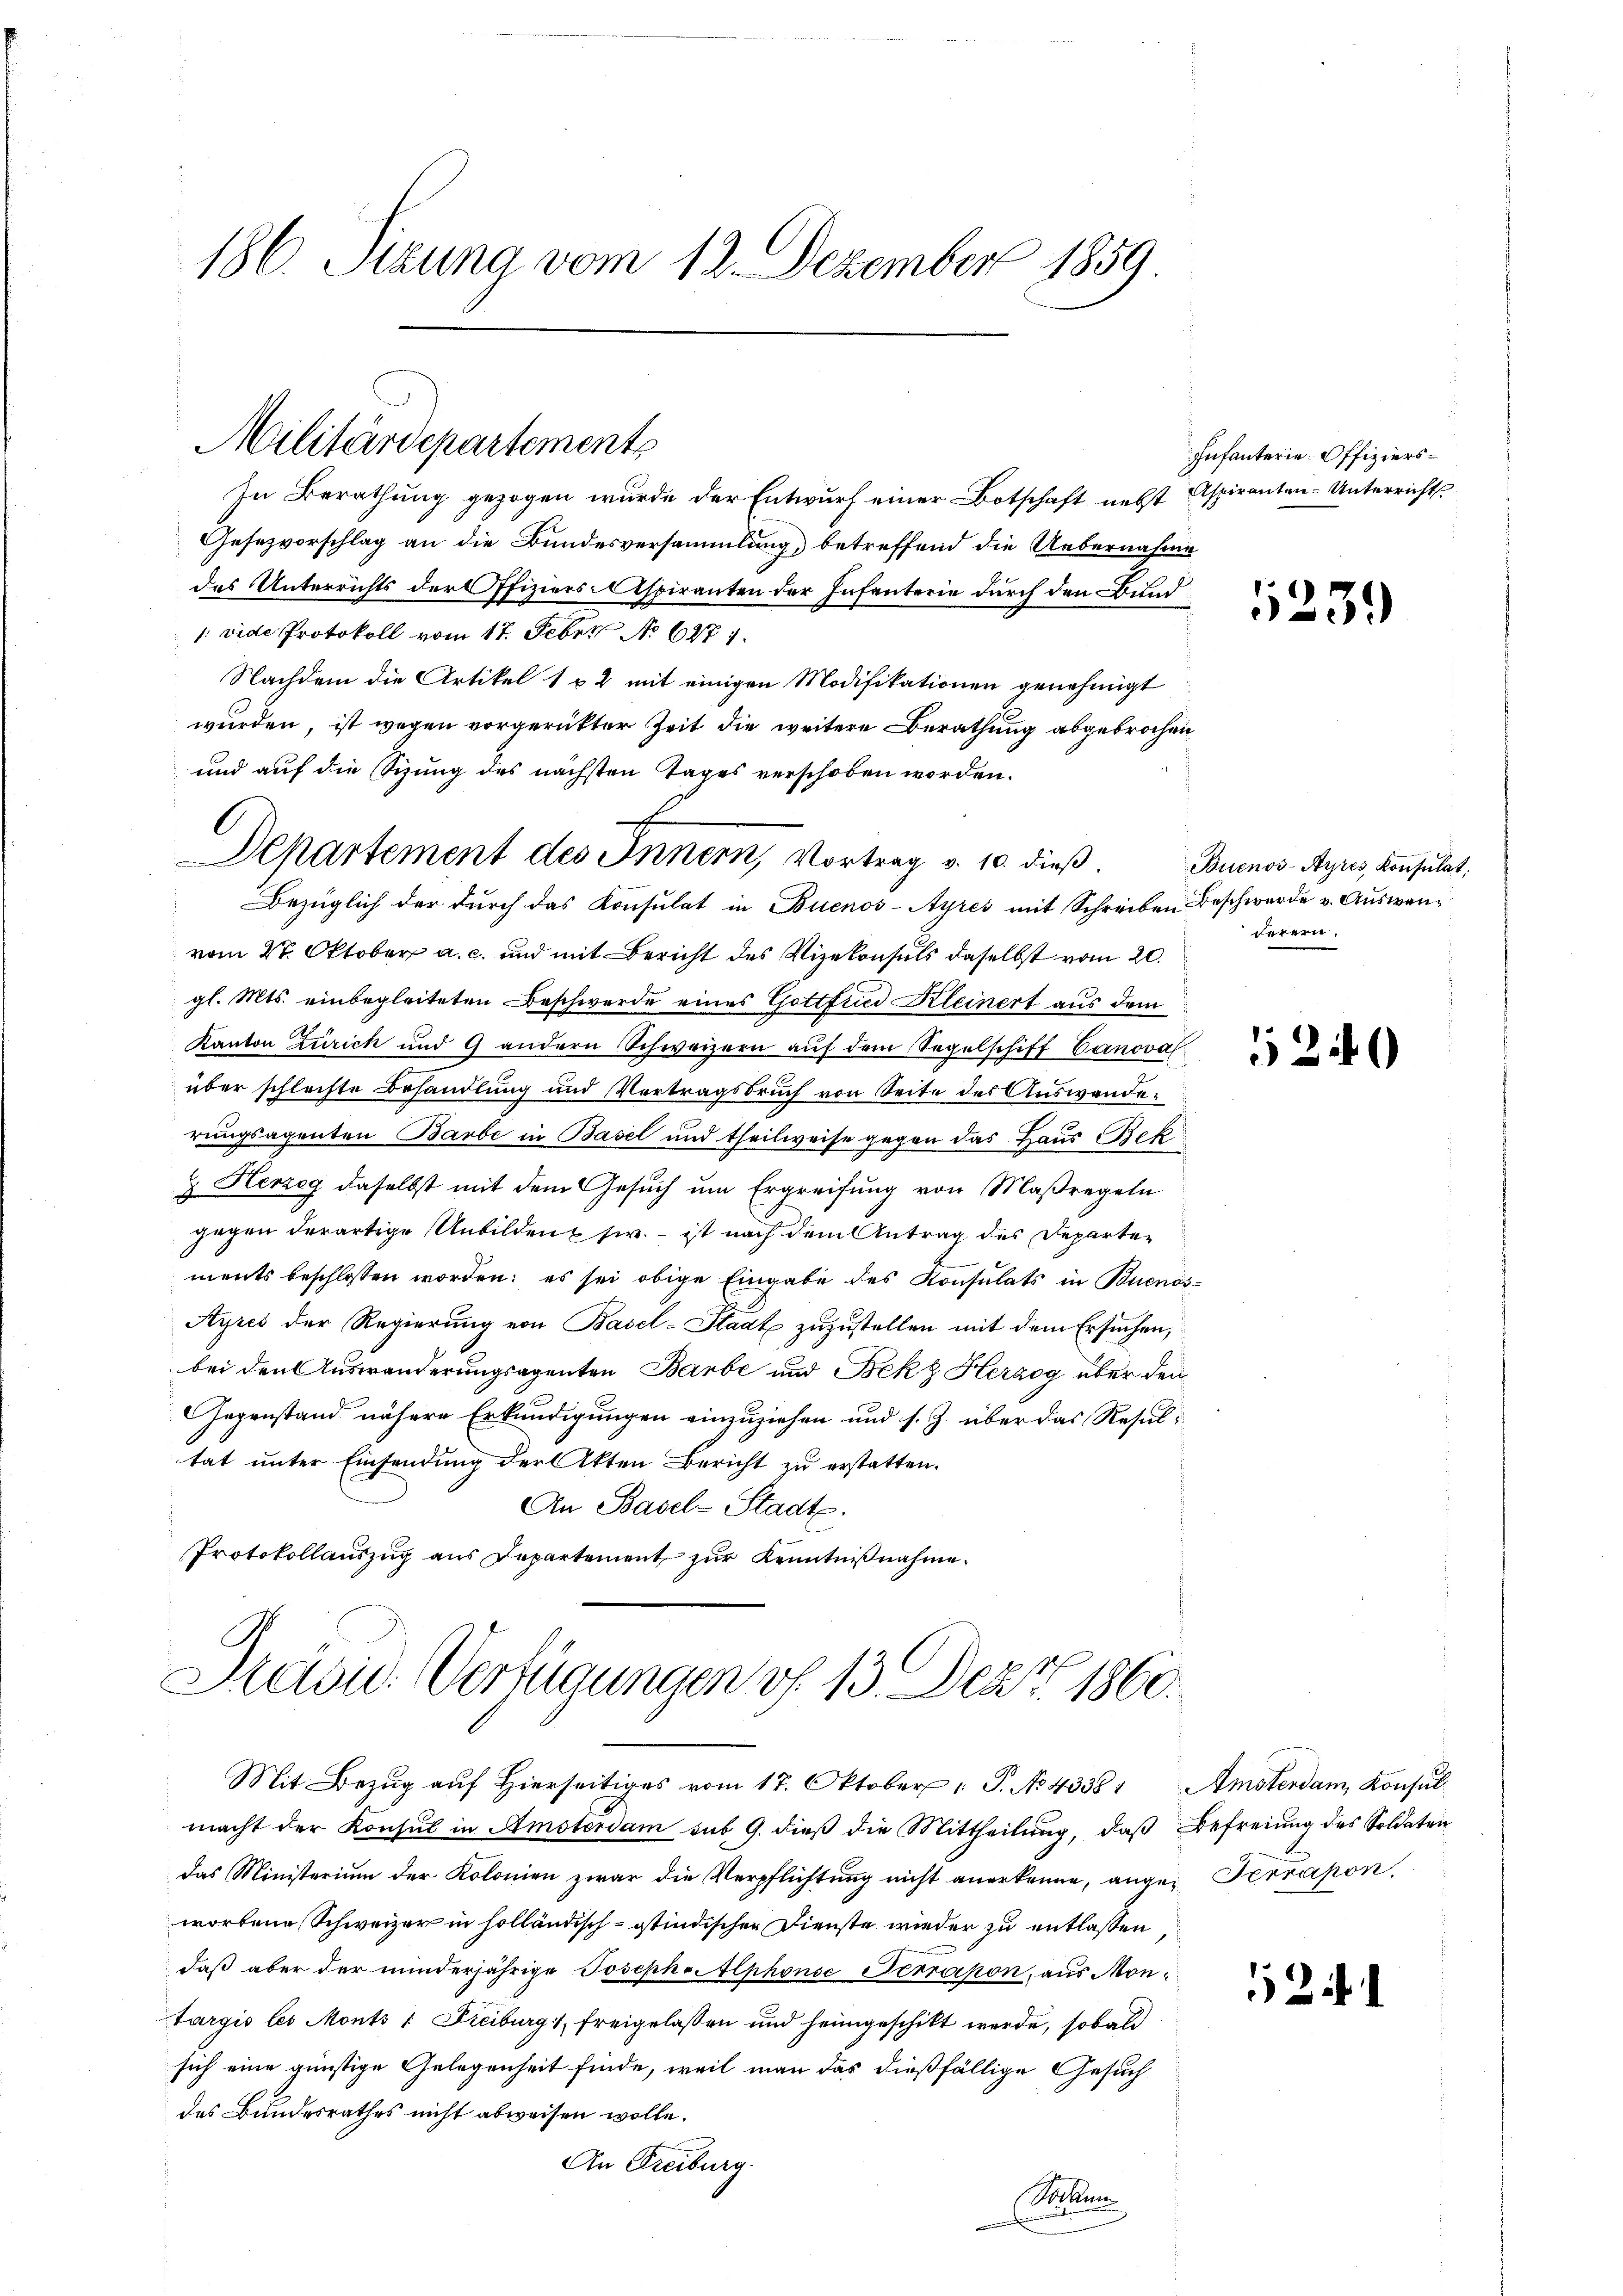
186. Stzung vom 12. Dezember 1859.

Militärdepartements

In Berathung gezogen wurde der Entwurf einer Botschaft nebst Aspiranten-Unterricht.
Gesezvorschlag an die Bundesversammlung, betreffend die Uebernahme
des Unterrichts der Offiziers-Aspiranten der Infanterie durch den Bund
: vide Protokoll vom 17. Feber No 6271.
Nachdem die Artikel 1 & 2 mit einigen Modifikationen genehmigt
wurden, ist wegen vorgerückter Zeit die weitere Berathung abgebrochen
und auf die Sizung des nächsten Tages verschoben worden.
Bezüglich der durch das Konsulat in Buenos-Ayres mit Schreiben Beschwerde v. Auswanvom 27. Oktober a. c. und mit Bericht des Vizekonsuls daselbst vom 20.
gl. Mts. einbegleiteten Beschwerde eines Gottfried Kleinert aus dem
Kanton Zürich und 9 andern Schweizern aŭf dem Segelschiff Canoval
über schlechte Behandlung und Vertragsbrŭch von Seite des Auswanderungsagenten Barbe in Basel und theilweise gegen das Haus Bek
& Herzog daselbst mit dem Gesuch um Ergreifung von Maßregeln
gegen derartige Unbilden sie – ist nach dem Antrag des Departements beschlossen worden; es sei obige Eingabe des Konsulats in Buenos¬
Ayres der Regierung von Basel-Stadt zuzustellen mit dem Ersuchen,
bei den Auswanderungsagenten Barbe und Bekz Herzog über den
Gegenstand nähere Erkundigungen einzuziehen und s. Z. über das Resultat unter Einsendung der Akten Bericht zu erstatten.
An Basel-Stadt.
Protokollauszug aus Departement zur Kenntnißnahme.
Präsid. Verfügungen v. 13. Dez. 1860.
Mit Bezŭg aŭf hierseitiges vom 17. Oktober P. No 43381 Amsterdam Konsulmacht der Konsul in Amsterdam sub 9. dieß die Mittheilung, daß Befreiung des Soldaten
das Ministerium der Kolonien zwar die Verpflichtung nicht anerkenne, angez. Terrapon,
worbene Schweizer in holländisch-östindischen Dienste wieder zu entlassen
daß aber der minderjährige Joseph-Alphons Terrapon, aus Montargis les Monts v. Freiburg, freigelassen und heimgeschikt werde, sobald
sich eine günstige Gelegenheit finde, weil man das dießfällige Gesuch
des Bundesrathes nicht abweisen wolle.
An Freiburg
Mienen

Departement des Innern, Vortrag v. 10. dieβ. Buenos-Ayres, Konsulat,

Infanterie-Offiziers¬

1231

derern.

12

.